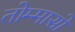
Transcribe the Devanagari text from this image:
तोम्मासो